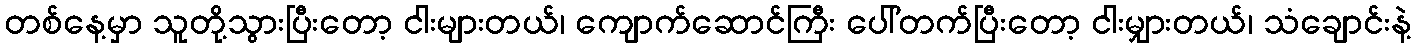
တစ်နေ့မှာ သူတို့သွားပြီးတော့ ငါးများတယ်၊ ကျောက်ဆောင်ကြီး ပေါ်တက်ပြီးတော့ ငါးမျှားတယ်၊ သံချောင်းနဲ့